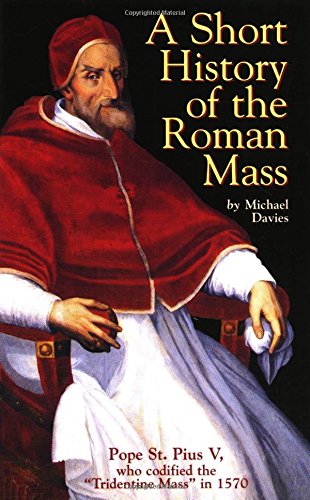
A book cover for A Short History of the Roman Mass; Michael Davies; Christian Books & Bibles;